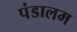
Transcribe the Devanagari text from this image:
पंडालम